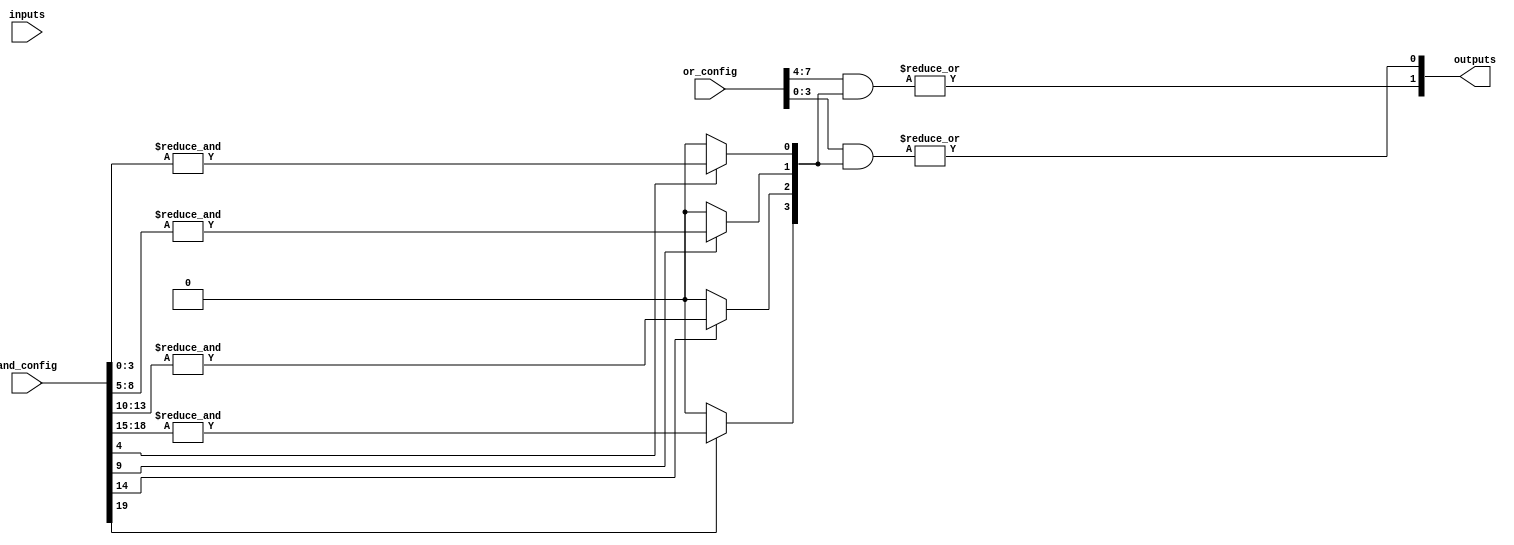
module GPAL #(
    parameter NUM_INPUTS = 4,   // Configurable number of input lines
    parameter NUM_AND_GATES = 4, // Configurable number of AND gates
    parameter NUM_OR_GATES = 2    // Configurable number of OR gates
)(
    input wire [NUM_INPUTS-1:0] inputs,             // Input lines
    input wire [NUM_AND_GATES*(NUM_INPUTS+1)-1:0] and_config, // AND configuration
    input wire [NUM_OR_GATES*(NUM_AND_GATES)-1:0] or_config,   // OR configuration
    output wire [NUM_OR_GATES-1:0] outputs           // Output lines
);

    wire [NUM_AND_GATES-1:0] and_outputs;            // Outputs from AND gates

    // Programmable AND array
    genvar i, j;
    generate
        for (i = 0; i < NUM_AND_GATES; i = i + 1) begin : and_gate
            wire [NUM_INPUTS-1:0] and_input;
            assign and_input = and_config[i*(NUM_INPUTS+1) +: NUM_INPUTS]; // Extract inputs for AND gate
            wire and_enable = and_config[i*(NUM_INPUTS+1) + NUM_INPUTS]; // Extract enable for AND gate

            // AND gate functionality with enable
            assign and_outputs[i] = and_enable ? &and_input : 1'b0; // Only AND if enabled
        end
    endgenerate

    // Programmable OR array
    generate
        for (j = 0; j < NUM_OR_GATES; j = j + 1) begin : or_gate
            wire [NUM_AND_GATES-1:0] or_input;
            assign or_input = or_config[j*NUM_AND_GATES +: NUM_AND_GATES]; // Extract inputs for OR gate

            // OR gate functionality
            assign outputs[j] = |(or_input & and_outputs); // OR the selected AND outputs
        end
    endgenerate

endmodule